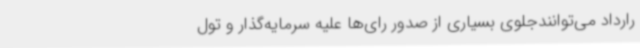
رارداد می‌توانندجلوی بسیاری از صدور رای‌ها علیه سرمایه‌گذار و تول